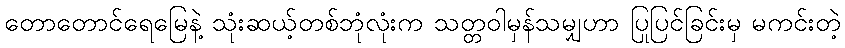
တောတောင်ရေမြေနဲ့ သုံးဆယ့်တစ်ဘုံလုံးက သတ္တဝါမှန်သမျှဟာ ပြုပြင်ခြင်းမှ မကင်းတဲ့